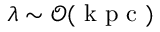
\lambda \sim \mathcal { O } ( \mathrm { ~ k ~ p ~ c ~ } )